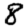
Digit: 8